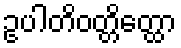
ဥပါတိဝတ္တိတ္ထော